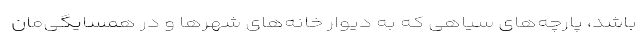
باشد، پارچه‌های سیاهی که به دیوار خانه‌های شهرها و در همسایگی‌مان